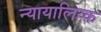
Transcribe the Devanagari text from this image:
न्यायालिय्क